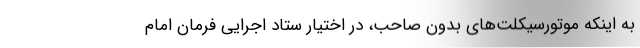
به اینکه موتورسیکلت‌های بدون صاحب، در اختیار ستاد اجرایی فرمان امام